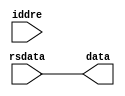
`timescale 1ns / 1ps
//////////////////////////////////////////////////////////////////////////////////
// Company: 
// Engineer: 
// 
// Design Name: 
// Module Name: jalr_addr
// Project Name: 
// Target Devices: 
// Tool Versions: 
// Description: 
// 
// Dependencies: 
// 
// Revision:
// Revision 0.01 - File Created
// Additional Comments:
// 
//////////////////////////////////////////////////////////////////////////////////


module jalr_addr(
input [31:0] iddre,
input  [31:0] rsdata,
output reg  [31:0] data
    );
   always @(*)
   begin
   data=rsdata;
   end
endmodule